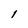
Character: l